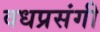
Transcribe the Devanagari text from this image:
वधप्रसंगी